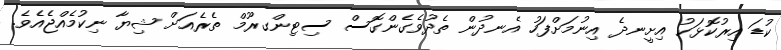
ކުޑަ އިރުކޮޅަކު އިށީނދެ އިނުމަށްފަހު އެނދުން ތެދުވެގެންގޮސް ސިޓިންގރޫމް ތެރެއަށް ޝިޔާ ނިކުމެއްޖެއެވެ.